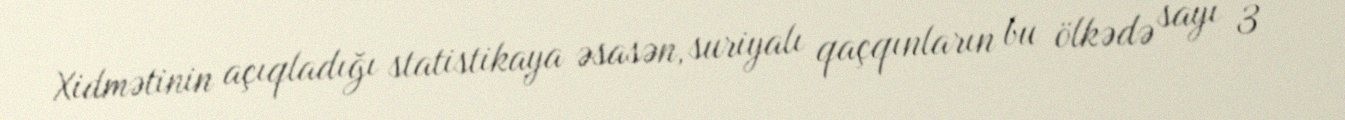
Xidmətinin açıqladığı statistikaya əsasən, suriyalı qaçqınların bu ölkədə sayı 3